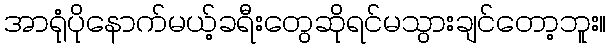
အာရုံပိုနောက်မယ့်ခရီးတွေဆိုရင်မသွားချင်တော့ဘူး။